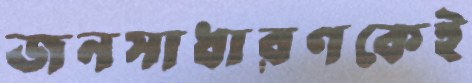
জনসাধারণকেই